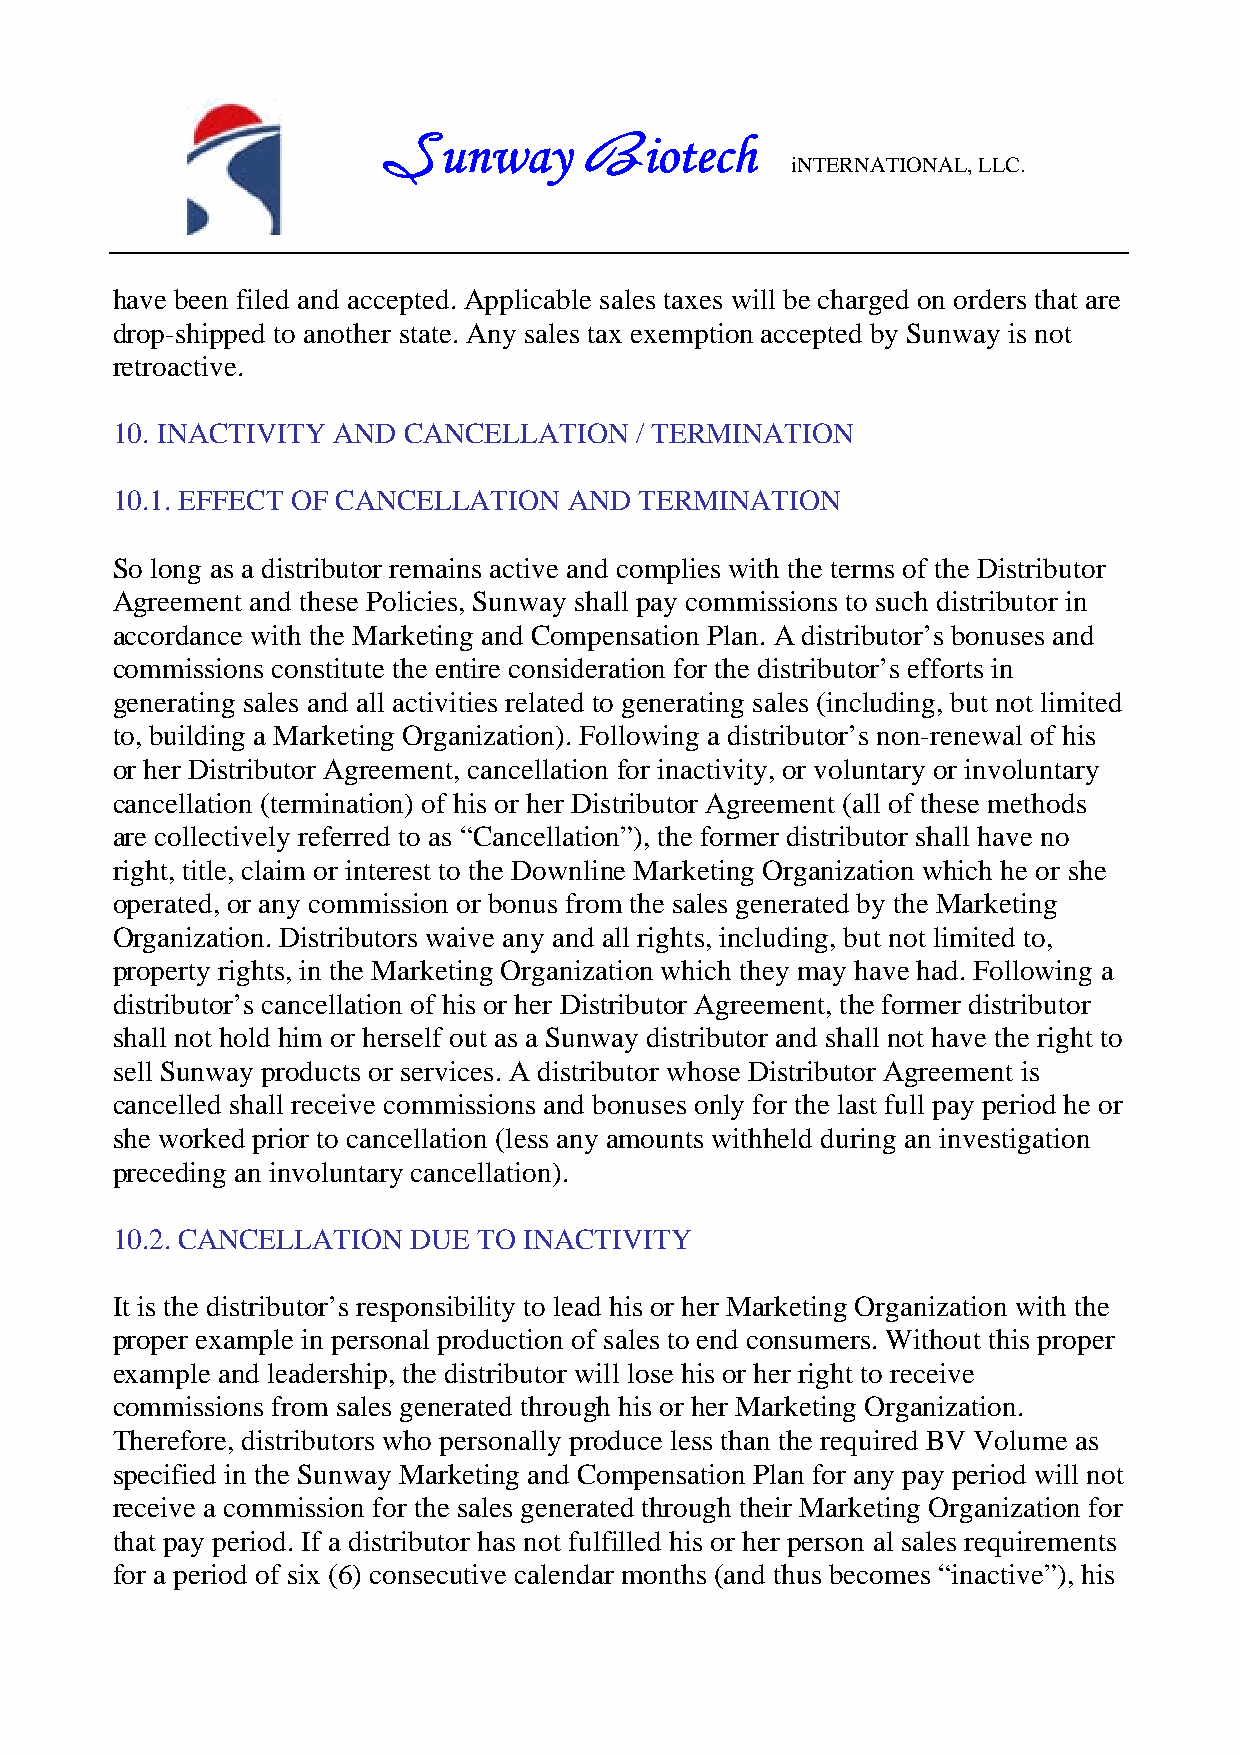
unway         iotech
 S             B            iNTERNATIONAL, LLC.
 have been filed and accepted. Applicable sales taxes will be charged on orders that are
 drop-shipped to another state. Any sales tax exemption accepted by Sunway is not
 retroactive.
 10. INACTIVITY AND  CANCELLATION   / TERMINATION
 10.1. EFFECT OF CANCELLATION   AND TERMINATION
 So long as a distributor remains active and complies with the terms of the Distributor
 Agreement and these Policies, Sunway shall pay commissions to such distributor in
 accordance with the Marketing and Compensation Plan. A distributor’s bonuses and
 commissions constitute the entire consideration for the distributor’s efforts in
 generating sales and all activities related to generating sales (including, but not limited
 to, building a Marketing Organization). Following a distributor’s non-renewal of his
 or her Distributor Agreement, cancellation for inactivity, or voluntary or involuntary
 cancellation (termination) of his or her Distributor Agreement (all of these methods
 are collectively referred to as “Cancellation”), the former distributor shall have no
 right, title, claim or interest to the Downline Marketing Organization which he or she
 operated, or any commission or bonus from the sales generated by the Marketing
 Organization. Distributors waive any and all rights, including, but not limited to,
 property rights, in the Marketing Organization which they may have had. Following a
 distributor’s cancellation of his or her Distributor Agreement, the former distributor
 shall not hold him or herself out as a Sunway distributor and shall not have the right to
 sell Sunway products or services. A distributor whose Distributor Agreement is
 cancelled shall receive commissions and bonuses only for the last full pay period he or
 she worked prior to cancellation (less any amounts withheld during an investigation
 preceding an involuntary cancellation).
 10.2. CANCELLATION  DUE  TO INACTIVITY
 It is the distributor’s responsibility to lead his or her Marketing Organization with the
 proper example in personal production of sales to end consumers. Without this proper
 example and leadership, the distributor will lose his or her right to receive
 commissions from sales generated through his or her Marketing Organization.
 Therefore, distributors who personally produce less than the required BV Volume as
 specified in the Sunway Marketing and Compensation Plan for any pay period will not
 receive a commission for the sales generated through their Marketing Organization for
 that pay period. If a distributor has not fulfilled his or her person al sales requirements
 for a period of six (6) consecutive calendar months (and thus becomes “inactive”), his